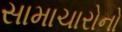
સામાચારોનો